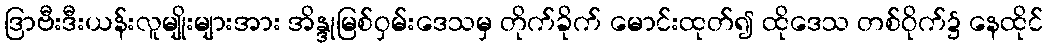
ဒြာဗီးဒီးယန်းလူမျိုးများအား အိန္ဒုမြစ်ဝှမ်းဒေသမှ တိုက်ခိုက် မောင်းထုတ်၍ ထိုဒေသ တစ်ဝိုက်၌ နေထိုင်